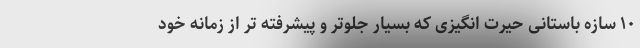
۱۰ سازه باستانی حیرت انگیزی که بسیار جلوتر و پیشرفته تر از زمانه خود